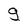
Character: g